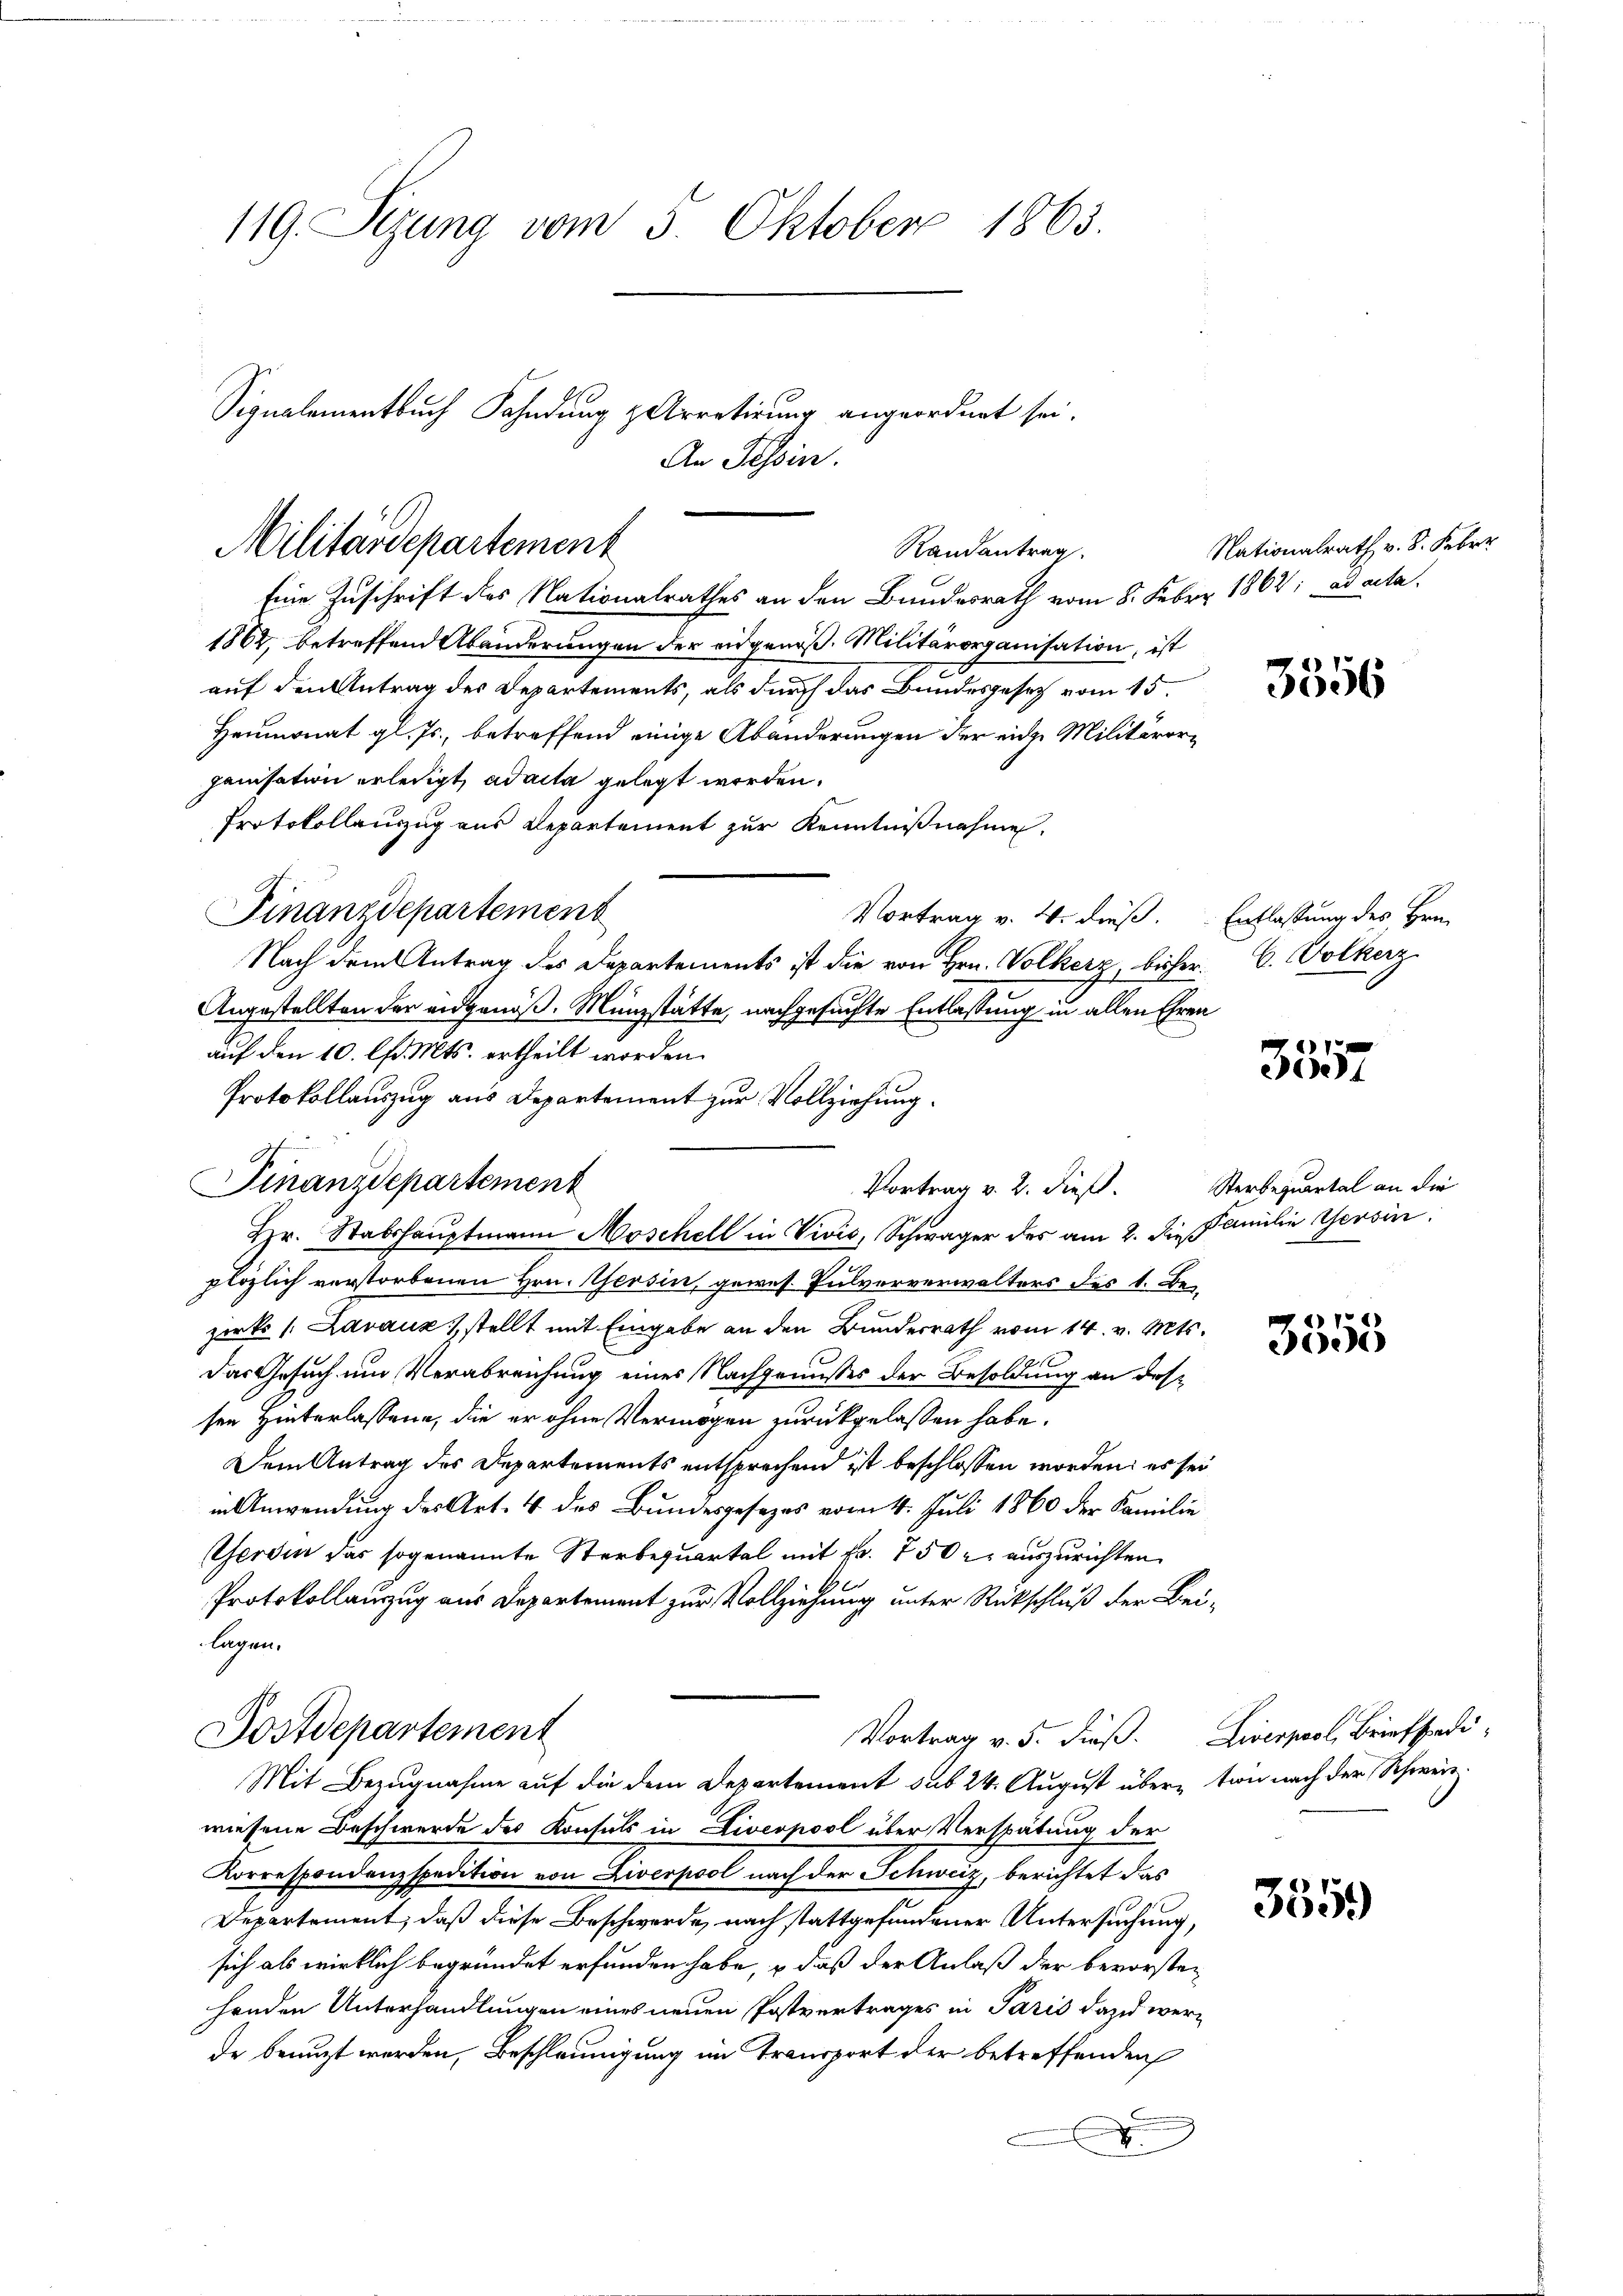
119. Sezung vom 5. Oktober 1863.

Militärdepartement
Randantrag

Eine Zuschrift des Nationalrathes an den Bundesrath vom 8. Feber 1862; ad acta.
1862, betreffend Abänderungen der eidgenöß. Militärorganisation, ist
auf den Antrag des Departements, als durch das Bundesgesetz vom 15.
Heumonat gl. Js., betreffend einige Abänderungen der eidge Militärorganisation erledigt, ad acta gelegt werden.
Protokollauszug aus Departement zur Kenntnißnahme.
Finanzdepartement
Vortrag v. 4. dieß.
Nach dem Antrag des Departements ist die von Hrn. Volkerz, bisher. C. Volkerz
Angestellten der eidgenöß. Münzstätte, nachgesuchte Entlassung in allen Ehren
auf den 10. lfd. Mts. ertheilt worden.
plözlich verstorbenen Hrn. Gersin, gewes. Pulververwalters des 1. Bezirks /: Lavaux, stellt mit Eingabe an den Bunderrath vom 14. v. Mts.
Das Gesuch um Verabreichung eines Nachgenusses der Besoldung an dessen Hinterlassene, die er ohne Vermögen zurückgelassen habe.
Dem Antrag des Departements entsprechend ist beschlossen worden: es sei
in Anwendung des Art. 4 des Bundesgesezes vom 4. Juli 1860 der Familie
Gerdin das sogenannte Sterbequartal mit Fr. 750 r. auszurichten
Protokollauszug aus Departement zur Vollziehung unter Rückschluß der Bei
lagen.
Dostdepartement
Vortrag v. 5. dieß. Liverpool, Briefstradi¬
Mit Bezugnahme auf die dem Departement sub 24. August überwiesene Beschwerde des Konsuls in Livernool über Verspätung der
Korrespondenzspedition von Liverpool nach der Schweiz, berichtet das
Departement, daß diese Beschwerde, nach stattgefundener Untersuchung,
sich als wirklich begründet erfunden habe, – daß der Anlaß der bevorsten
henden Unterhandlungen eines neuen Postvertrages in Paris dazu werde benuzt werden, Beschleunigung im Transport der betreffenden
.

Signalementbuch Fahndung & Arretirung angeordnet sei.
An Tessin.

Protokollauszug aus Departement zur Vollziehung.
Finanzdepartement
Vortrag v. 2. dieß.
Hr. Stabshauptmann Moschell in Vivis, Schwager des am 2. Die Familie Gesin

Nationalrath v. 8. Febr.

1

3356

Entlassung des Hrn.

38557

Sterbequartal an die

3355

355.

tion nach der Schweiz.